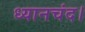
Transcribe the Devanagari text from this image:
ध्यानचंद।